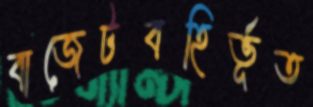
বাজেটবহির্ভূত